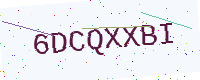
Text: 6DCQXXBI